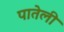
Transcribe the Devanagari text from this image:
पातेली